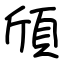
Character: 頎